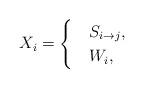
LaTeX: \begin{align*} X_i = \begin{cases} &S_{i \rightarrow j}, ~~ \\ &W_i, ~~\end{cases}\end{align*}